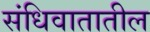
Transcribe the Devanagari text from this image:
संधिवातातील